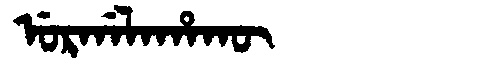
Manchu: ᡠᡵᡤᠠᠯᠠᡥᠠᡴᡡ
Romanization: URGALAHAKŪ